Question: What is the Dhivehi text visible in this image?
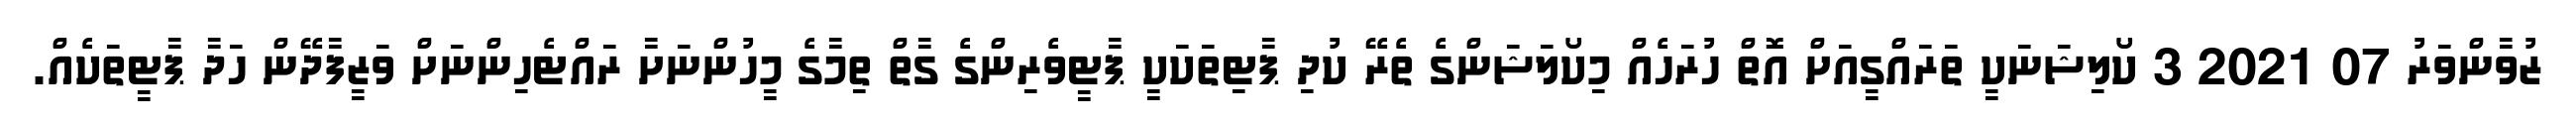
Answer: ޒުވާންވަރު 07 2021 3 ކޯލިޝަނަކީ ތަރައްގީއަށް އޮތް ހުރަހެއް މިކޯލަޝަންގެ ތެރޭ ކުދި ޕާޓިތަކަކީ ޕާޓީވެރިންގެ ގާތް ތިމާގެ މީހުންނަށާ ރައްޓެހިންނަށް ވަޒީފާދޭން ހަދާ ޕާޓީތަކެއް.